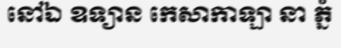
នៅឯ ឧទ្យាន កេសាកាឡា នា ភ្នំ